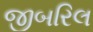
જીબરિલ